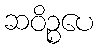
ဆဝိဉ္စပေ